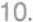
10.